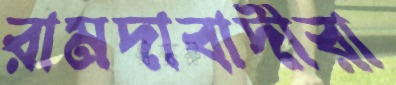
রামদাবাদীরা